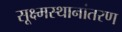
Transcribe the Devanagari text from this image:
सूक्ष्मस्थानांतरण